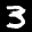
Label: 3